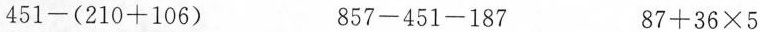
$$451-(210+106)$$ $$857-451-187$$ $$87+36\times 5$$